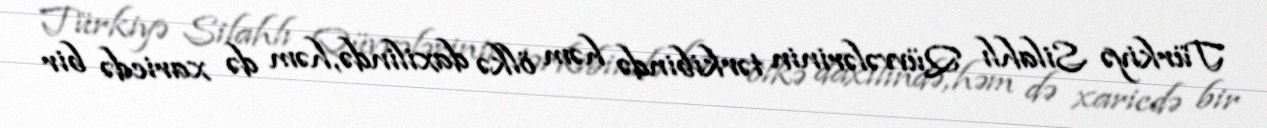
Türkiyə Silahlı Qüvvələrinin tərkibində həm ölkə daxilində, həm də xaricdə bir